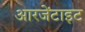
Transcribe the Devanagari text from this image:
आरजेंटाइट